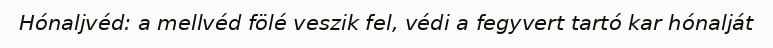
Hónaljvéd: a mellvéd fölé veszik fel, védi a fegyvert tartó kar hónalját